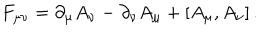
F _ { \mu \nu } = \partial _ { \mu } A _ { \nu } - \partial _ { \nu } A _ { \mu } + [ A _ { \mu } , A _ { \nu } ] \, .